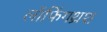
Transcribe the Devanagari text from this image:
लॉफिंगथ्रश